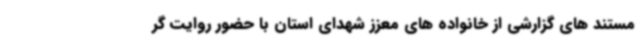
مستند های گزارشی از خانواده های معزز شهدای استان با حضور روایت گر